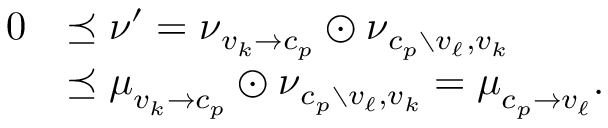
\begin{array} { r l } { \ensuremath { \boldsymbol { 0 } } } & { \preceq \boldsymbol { \nu } ^ { \prime } = \boldsymbol { \nu } _ { v _ { k } \to c _ { p } } \odot \boldsymbol { \nu } _ { c _ { p } \setminus v _ { \ell } , v _ { k } } } \\ & { \preceq \boldsymbol { \mu } _ { v _ { k } \to c _ { p } } \odot \boldsymbol { \nu } _ { c _ { p } \setminus v _ { \ell } , v _ { k } } = \boldsymbol { \mu } _ { c _ { p } \to v _ { \ell } } . } \end{array}